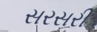
સરસરી